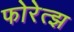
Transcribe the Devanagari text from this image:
फोरेत्झ